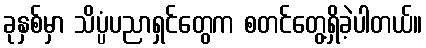
ခုနှစ်မှာ သိပ္ပံပညာရှင်တွေက စတင်တွေ့ရှိခဲ့ပါတယ်။